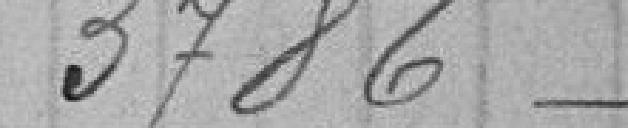
3786